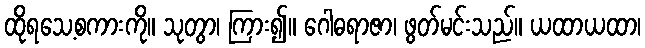
ထိုရသေ့စကားကို။ သုတွာ၊ ကြား၍။ ဂေါဓရာဇာ၊ ဖွတ်မင်းသည်။ ယထာယထာ၊